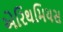
એરિથમિયસ